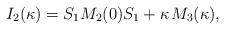
LaTeX: \begin{align*}I_2(\kappa)=S_1M_2(0)S_1+\kappa\;\!M_3(\kappa),\end{align*}